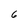
Character: 6